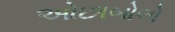
ઓછાબોલો